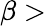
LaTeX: \beta>